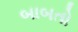
બાબતો